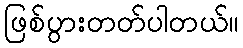
ဖြစ်ပွားတတ်ပါတယ်။